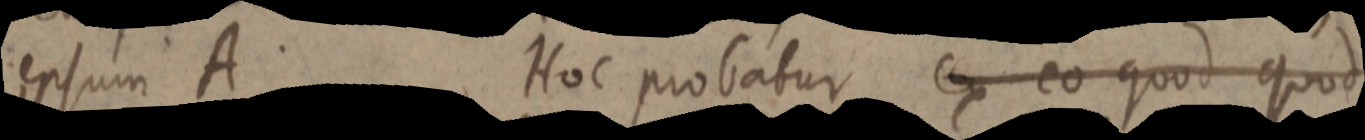
ipsum A Hoc probatur ex eo quod quod